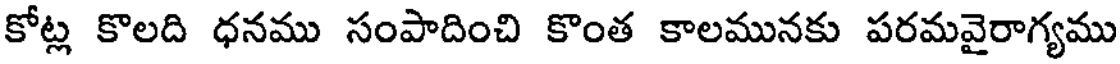
కోట్ల కొలది ధనము సంపాదించి కొంత కాలమునకు పరమవైరాగ్యము